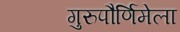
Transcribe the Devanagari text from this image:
गुरुपौर्णिमेला